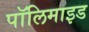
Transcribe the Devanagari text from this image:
पॉलिमाइड